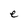
Character: e